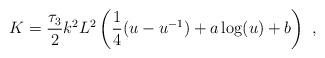
LaTeX: \begin{align*}K = {\tau_3 \over 2} k^2 L^2 \left({1 \over 4} (u - u^{-1}) + a \log(u) + b \right)\ ,\end{align*}